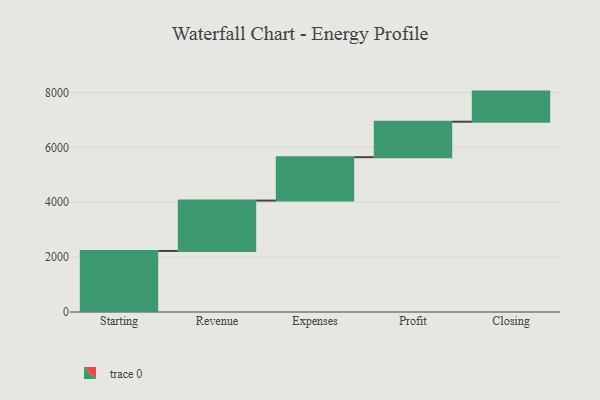
{"axis": {"x": "Step", "y": "Value"}, "legend": [""], "data": [{"x": "Starting", "y": 2224.0, "type": ""}, {"x": "Revenue", "y": 1835.0, "type": ""}, {"x": "Expenses", "y": 1582.0, "type": ""}, {"x": "Profit", "y": 1292.0, "type": ""}, {"x": "Closing", "y": 1097.0, "type": ""}]}